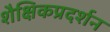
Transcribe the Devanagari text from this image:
शैक्षिकप्रदर्शन